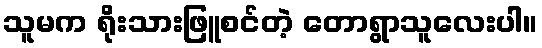
သူမက ရိုးသားဖြူစင်တဲ့ တောရွာသူလေးပါ။